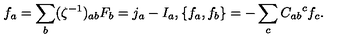
f _ { a } = \sum _ { b } ( \zeta ^ { - 1 } ) _ { a b } F _ { b } = j _ { a } - I _ { a } , \{ f _ { a } , f _ { b } \} = - \sum _ { c } { C _ { a b } } ^ { c } f _ { c } .